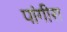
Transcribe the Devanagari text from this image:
पांगीरा